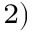
^ { 2 ) }